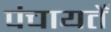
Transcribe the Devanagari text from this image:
पंचायतेँ